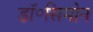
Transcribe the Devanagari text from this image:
डॉ॰सिमोन